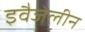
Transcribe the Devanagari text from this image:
इवैजेलीन